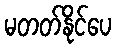
မတတ်နိုင်ပေ